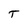
Character: T